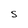
Character: s